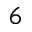
6